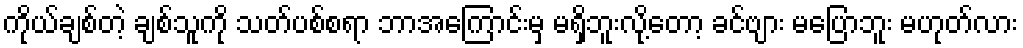
ကိုယ်ချစ်တဲ့ ချစ်သူကို သတ်ပစ်စရာ ဘာအကြောင်းမှ မရှိဘူးလို့တော့ ခင်ဗျား မပြောဘူး မဟုတ်လား